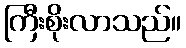
ကြီးစိုးလာသည်။